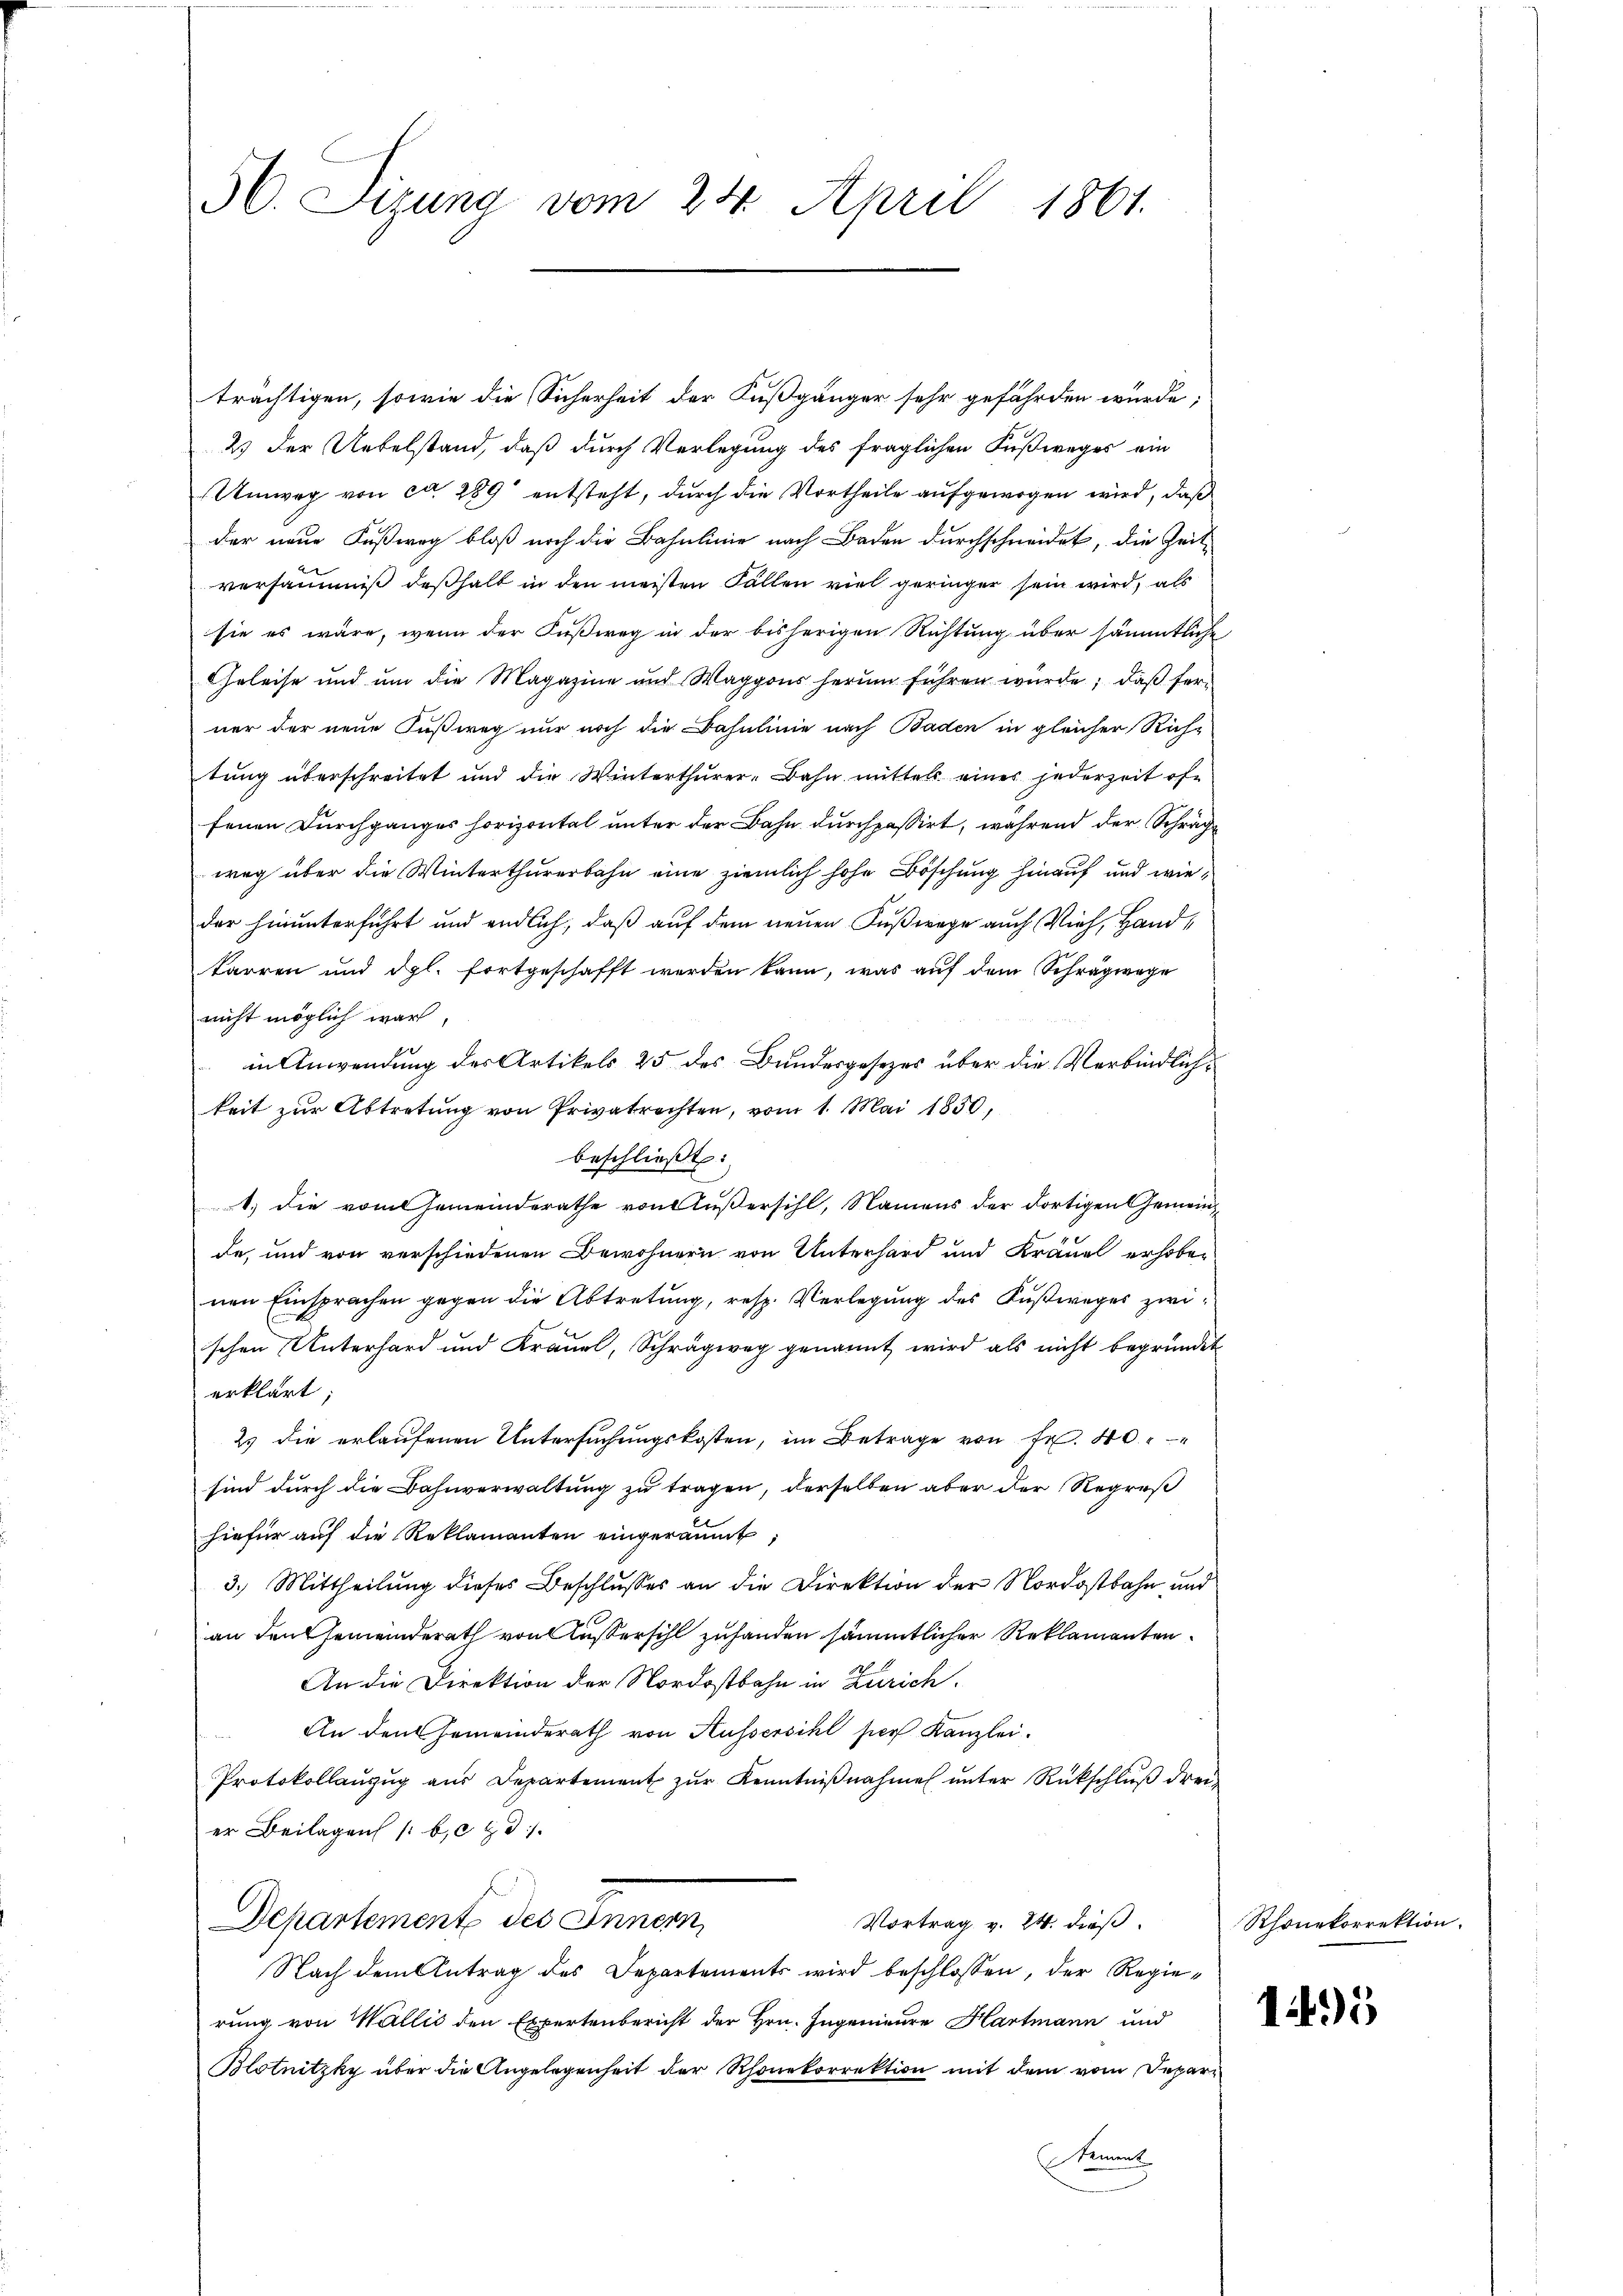
56. Sizung vom 24. April 1861.

trächtigen, sowie die Sicherheit der Fußgänger sehr gefährden würde,
2. Der Uebelstand, daß durch Verlegung des fraglichen Fußweges ein
Umweg von ca 289 entsteht, durch die Vortheile aufgewogen wird, daß
der neue Fußweg bloß noch die Bahnlinie nach Baden durchschneidet, die Zeit-
versammis deßhalb in den meisten Fällen viel geringer sein wird, als
sie es wäre, wenn der Fußweg in der bisherigen Richtung über sämmtliche
Geleise und um die Magazine und Waggons herum führen würde; daß ferner der neue Fußweg nur noch die Bahnlinie nach Baden in gleicher Rich-
tung überschreitet und die Winterthurer-Bahn mittels eines jederzeit ofe
fenen Durchganges horizontal unter der Bahn durchpassirt, während der Schrächt
weg über die Winterthurerbahn eine ziemlich hohe Böschung hinauf und wieder hinunterführt und endlich, daß auf dem neuen Fußwege auch Vieh, Handtarren und dgl. fortgeschafft werden kann, was auf dem Schrägwege
nicht möglich war,
in Anwendung des Artikels 25 des Bundesgesetzes über die Verbindlichkeit zur Abtretung von Privatrechten, vom 1. Mai 1850,
beschließt:
1.) die vom Gemeinderathe von Außersihl, Namens der dortigen Gemeinde, und von verschiedenen Bewohnern von Unterhard und Kräuel erhoben
nen Einsprachen gegen die Abtretung, resp. Verlegung des Fußweges zwi
schen Unterhard und Kräuel, Schrägweg genannt wird als nicht begründet
erklärt
2 die erlaufenen Untersuchungskosten, im Betrage von Fr. 40
sind durch die Bahnverwaltung zu tragen, derselben aber der Regreß
hiefür auf die Reklamanten eingeräumt
3.) Mittheilung dieses Beschlusses an die Direktion der Nordostbahn und
an den Gemeinderath von Aussersihl zuhanden sämmtlicher Reklamanten.
An die Direktion der Nordostbahn in Zürich.
An den Gemeinderath von Aussersihl hier Kanzlei.
Protokollaŭzŭg aŭs Departement zŭr Kenntniβnahme ŭnter Rückschlŭβ drei
er Beilagen /: b. d.
Departement des Innern,
Vortrag v. 24. dieß
Nach dem Antrag des Departements wird beschlossen, der Regierung von Wallis den Expertenbericht der Hrn. Ingenieure Hartmann und
Blotnitzky über die Angelegenheit der Rhonekorrektion mit dem vom Depar¬
Stammt

Rhonekorrektion

1495